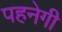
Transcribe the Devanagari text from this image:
पहनेगी